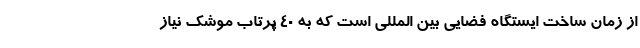
از زمان ساخت ایستگاه فضایی بین المللی است که به ۴۰ پرتاب موشک نیاز